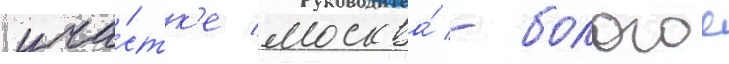
уча́стк'е москва́ - бологое